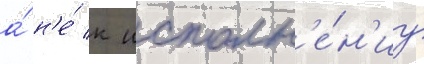
а́ н'е́ к исполн'е́н'иу